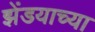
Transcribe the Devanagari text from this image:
झेंडयाच्या